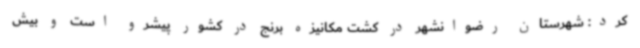
کرد: شهرستان رضوانشهر در کشت مکانیزه برنج در کشور پیشرو است و بیش